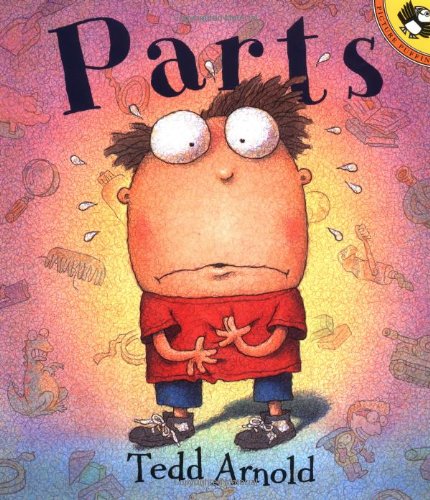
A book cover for Parts (Picture Puffins); Tedd Arnold; Medical Books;